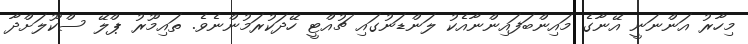
މިހާރު އަންނަނީ އޭނާގެ މައިންބަފައިންނާއެކު ލަންޑަނުގައި ޗުއްޓީ ހޭދަކުރަމުންނެވެ. ތައިމޫރު ޕްލޭ ސްކޫލަށްދާ